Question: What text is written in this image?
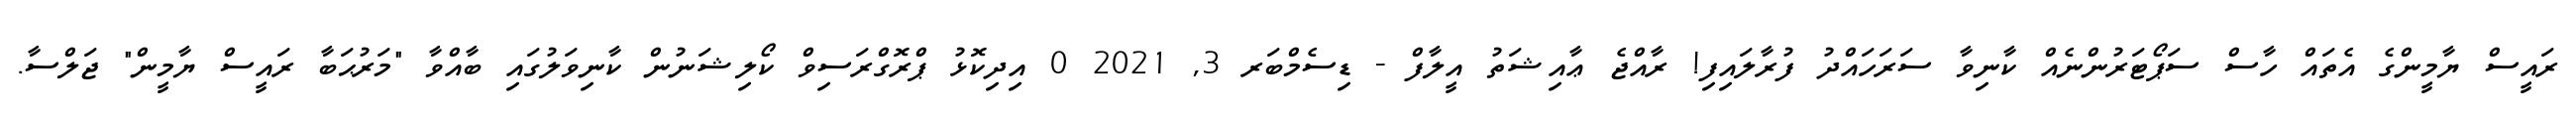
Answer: ރައީސް ޔާމީންގެ އެތައް ހާސް ސަޕޯޓަރުންނެއް ކާނިވާ ސަރަހައްދު ފުރާލައިފި! ރާއްޖެ ޢާއިޝަތު އީލާފް - ޑިސެމްބަރ 3, 2021 0 އިދިކޮޅު ޕްރޮގްރަސިވް ކޯލިޝަނުން ކާނިވަލުގައި ބާއްވާ "މަރުޙަބާ ރައީސް ޔާމީން" ޖަލްސާ.